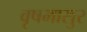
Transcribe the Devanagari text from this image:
वृषभासुर